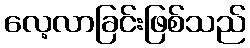
လေ့လာခြင်းဖြစ်သည်